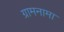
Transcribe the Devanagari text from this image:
ग्रामनामा